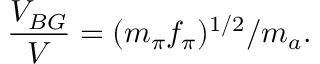
\frac { V _ { B G } } { V } = { ( m _ { \pi } f _ { \pi } ) ^ { 1 / 2 } / m _ { a } } .